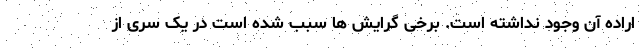
اراده آن وجود نداشته است. برخی گرایش ها سبب شده است در یک سری از